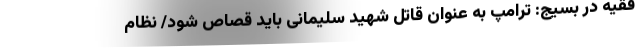
فقیه در بسیج: ترامپ به عنوان قاتل شهید سلیمانی باید قصاص شود/ نظام